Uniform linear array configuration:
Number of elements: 4
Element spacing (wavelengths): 0.25
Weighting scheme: uniform
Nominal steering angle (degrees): -15
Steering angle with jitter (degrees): -16.283
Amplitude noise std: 0.05
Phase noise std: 0.05

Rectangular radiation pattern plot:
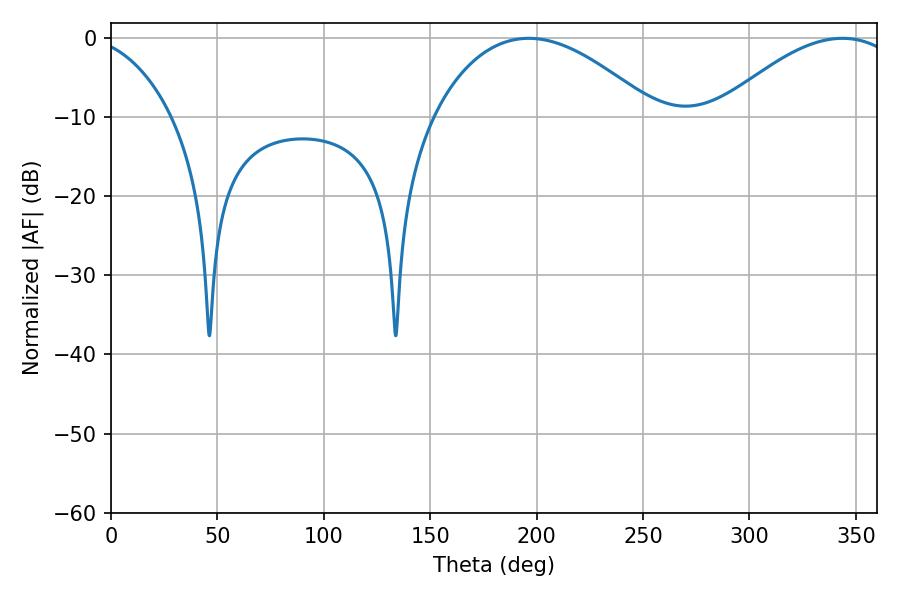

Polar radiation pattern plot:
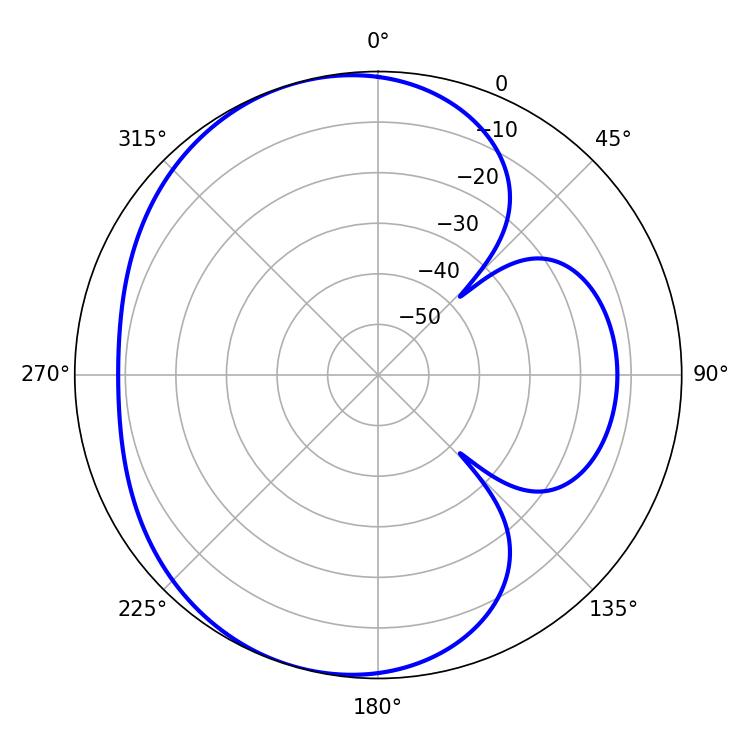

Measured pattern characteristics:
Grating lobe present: FALSE
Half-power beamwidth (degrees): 57.78
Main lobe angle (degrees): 196.38